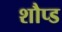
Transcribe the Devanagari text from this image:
शौप्ड